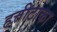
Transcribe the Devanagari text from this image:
हत्तीटाका